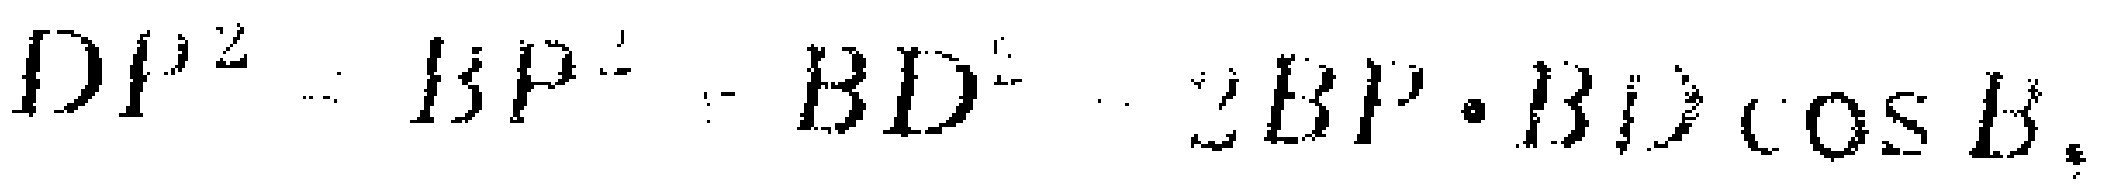
$DP^{2}=BP^{2}+BD^{2}-2BP\cdot BD\cos B$